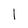
Character: 1